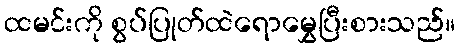
ထမင်းကို စွပ်ပြုတ်ထဲရောမွှေပြီးစားသည်။